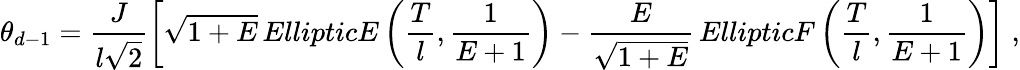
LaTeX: \theta_{d-1}=\frac{J}{l\sqrt{2}}\left[\sqrt{1+E}\, EllipticE\left(\frac{T}{l},\frac{1}{E+1}\right)-\frac{E}{\sqrt{1+E}}\, EllipticF\left(\frac{T}{l},\frac{1}{E+1}\right)\right]\; ,